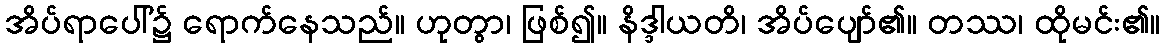
အိပ်ရာပေါ်၌ ရောက်နေသည်။ ဟုတွာ၊ ဖြစ်၍။ နိဒ္ဒါယတိ၊ အိပ်ပျော်၏။ တဿ၊ ထိုမင်း၏။